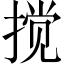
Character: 搅